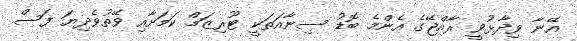
އޭނާ ވިދާޅުވީ ރާއްޖޭގެ އެންމެ ބޮޑު ސިނާއަތަކީ ޓޫރިޒަމް ކަމަށާއި ވޭތުވެދިޔަ ފަސް